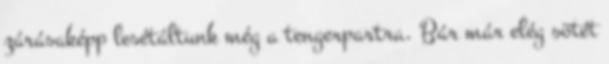
zárásaképp lesétáltunk még a tengerpartra. Bár már elég sötét